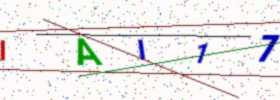
Text: IAI17